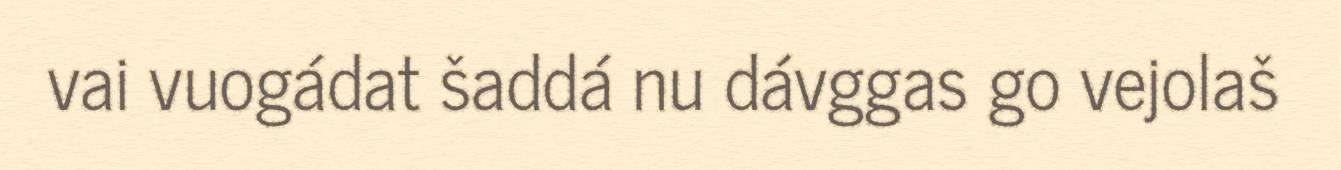
vai vuogádat šaddá nu dávggas go vejolaš